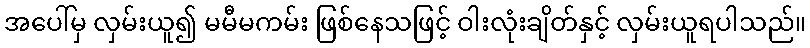
အပေါ်မှ လှမ်းယူ၍ မမီမကမ်း ဖြစ်နေသဖြင့် ဝါးလုံးချိတ်နှင့် လှမ်းယူရပါသည်။